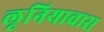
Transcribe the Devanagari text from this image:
लूनियावास